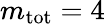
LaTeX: m_{\mathrm{tot}}=4